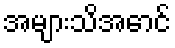
အများသိအောင်